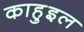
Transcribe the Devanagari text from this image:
काहुइल